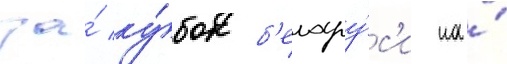
за́ ку́бок б'елару́с'и на́